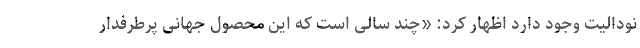
نودالیت وجود دارد اظهار کرد: «چند سالی است که این محصول جهانی پرطرفدار